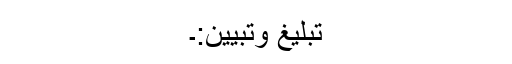
تبلیغ وتبیین:۔